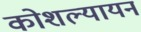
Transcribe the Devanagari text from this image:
कोशल्यायन